65_HS1-834228961_62-HQ-83894_Section_8
Agency: FBI
Page 69
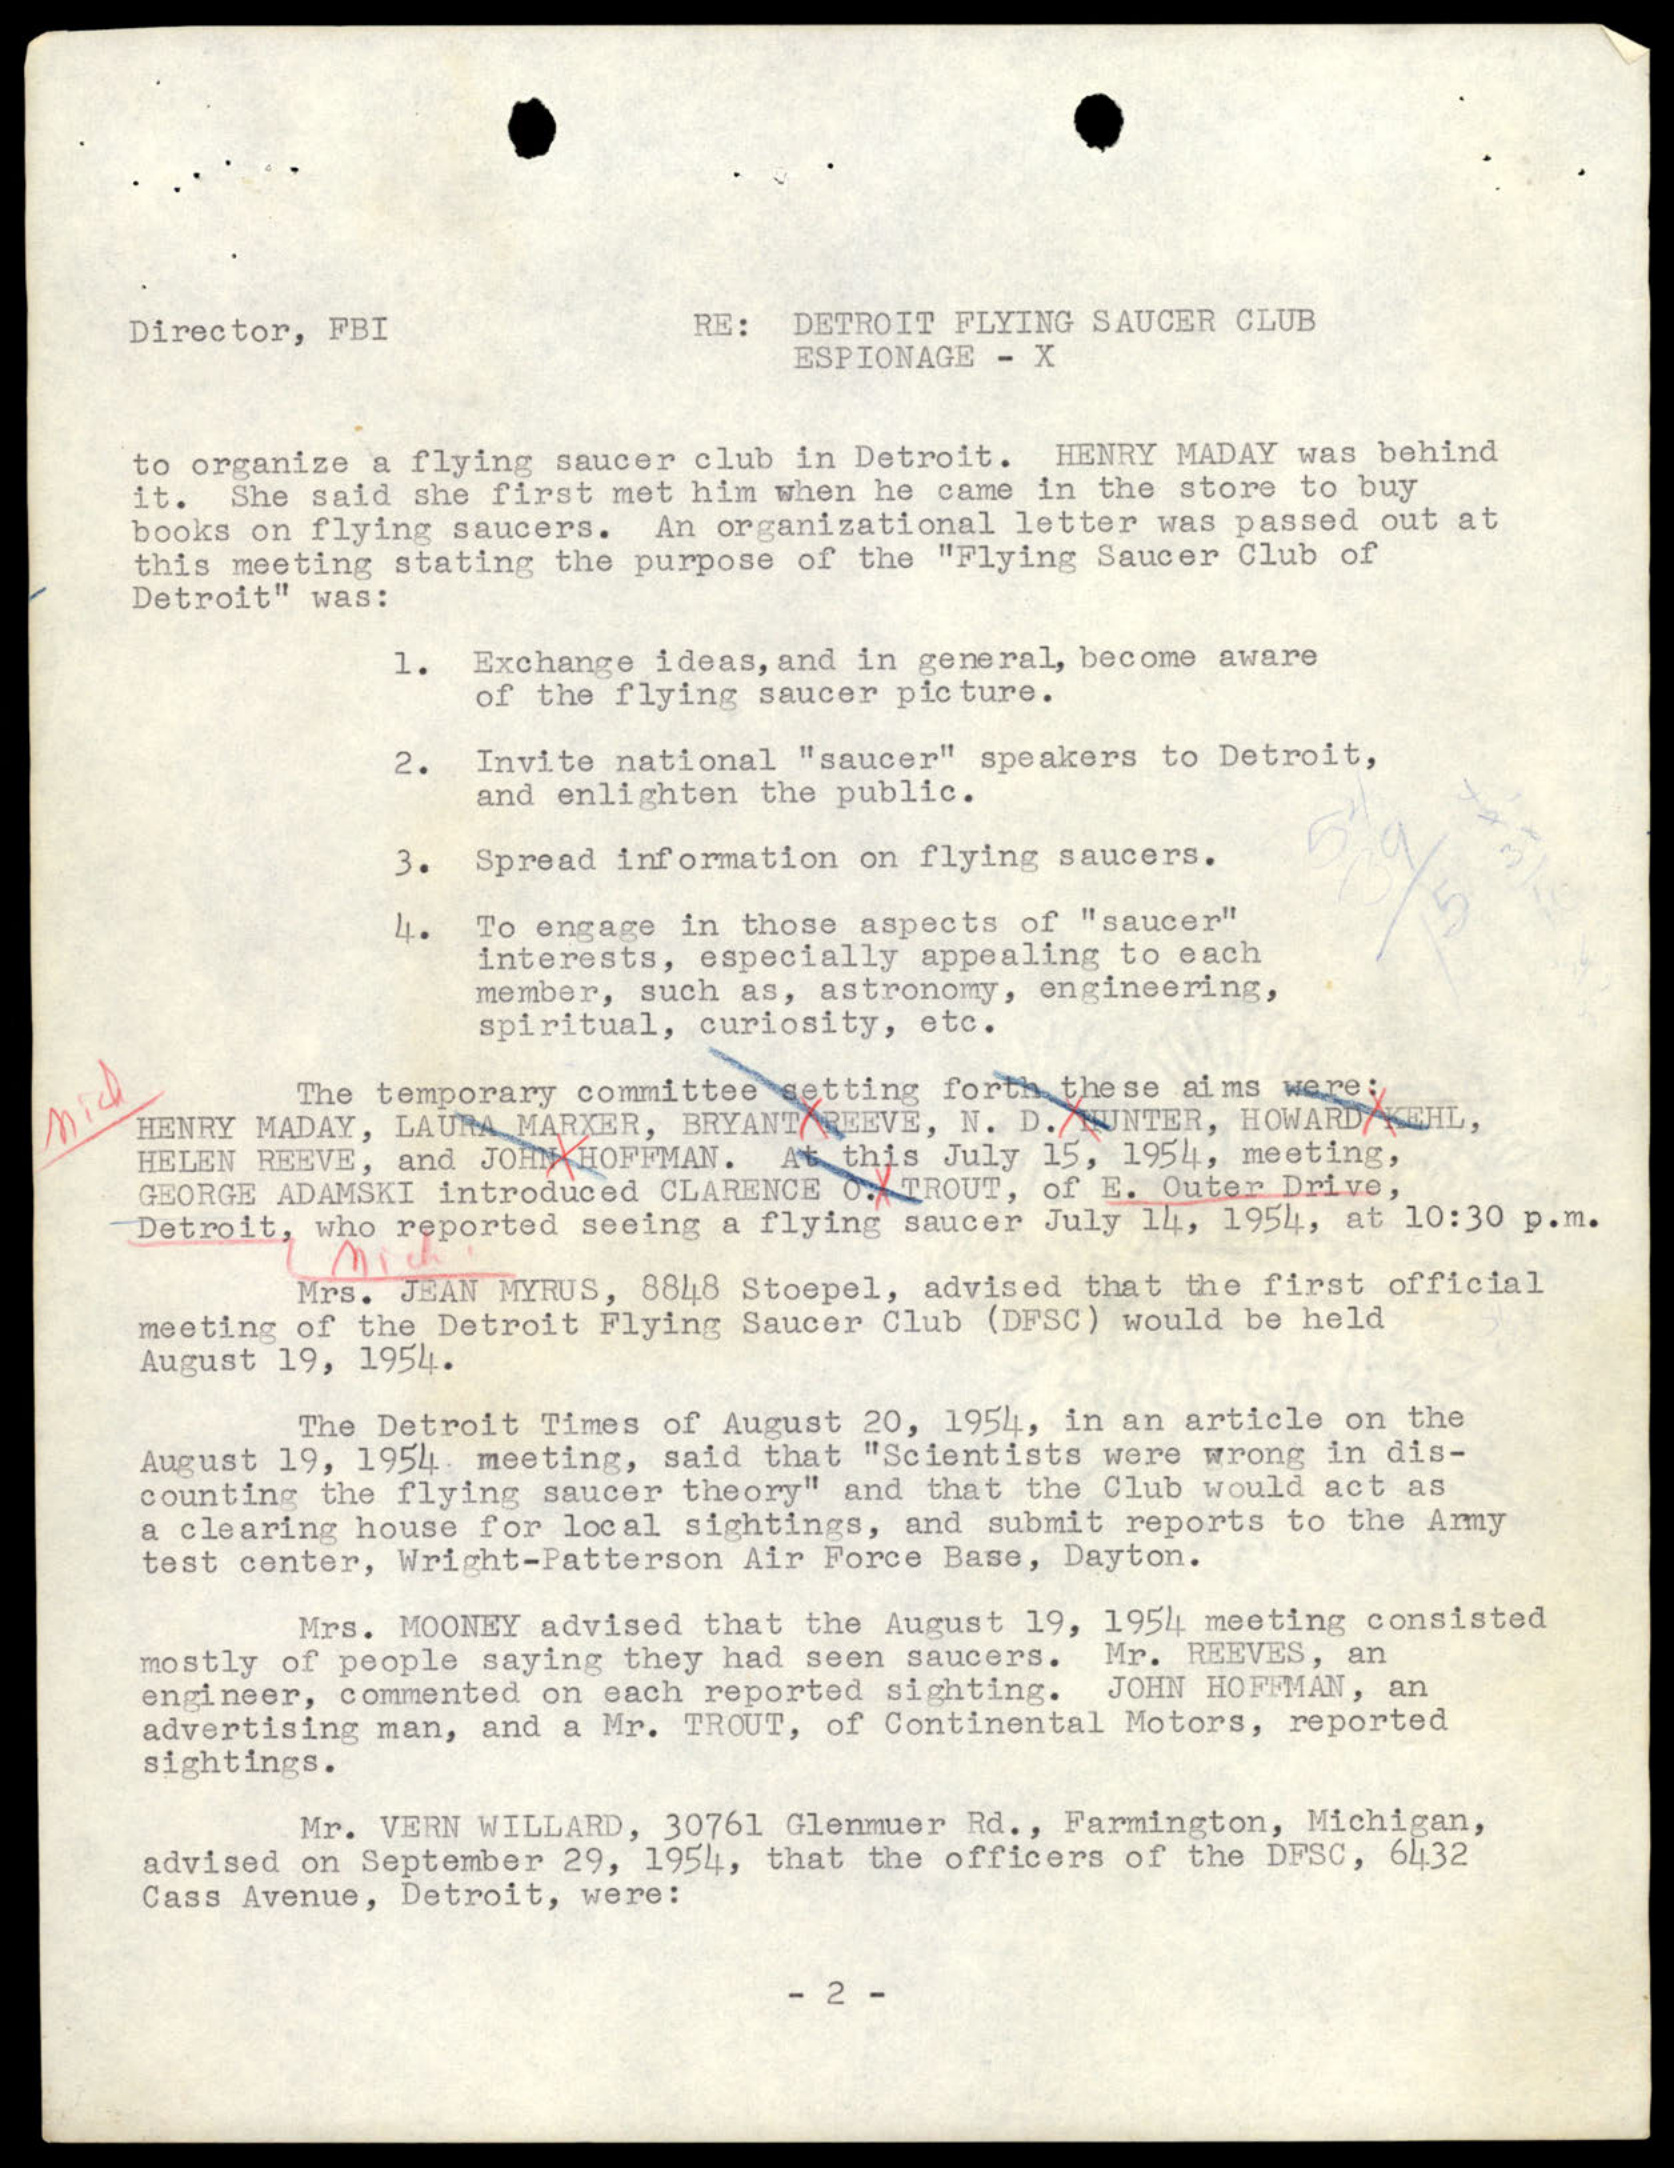